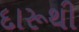
દારૂથી